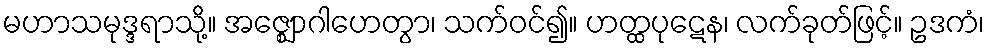
မဟာသမုဒ္ဒရာသို့။ အဇ္ဈောဂါဟေတွာ၊ သက်ဝင်၍။ ဟတ္ထပုဋေန၊ လက်ခုတ်ဖြင့်။ ဥဒကံ၊